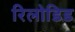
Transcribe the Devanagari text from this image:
रिलोडिड